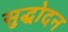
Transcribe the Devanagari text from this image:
सुद्धोदन